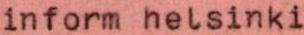
inform helsinki